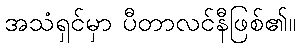
အသံရှင်မှာ ပီတာလင်နီဖြစ်၏။